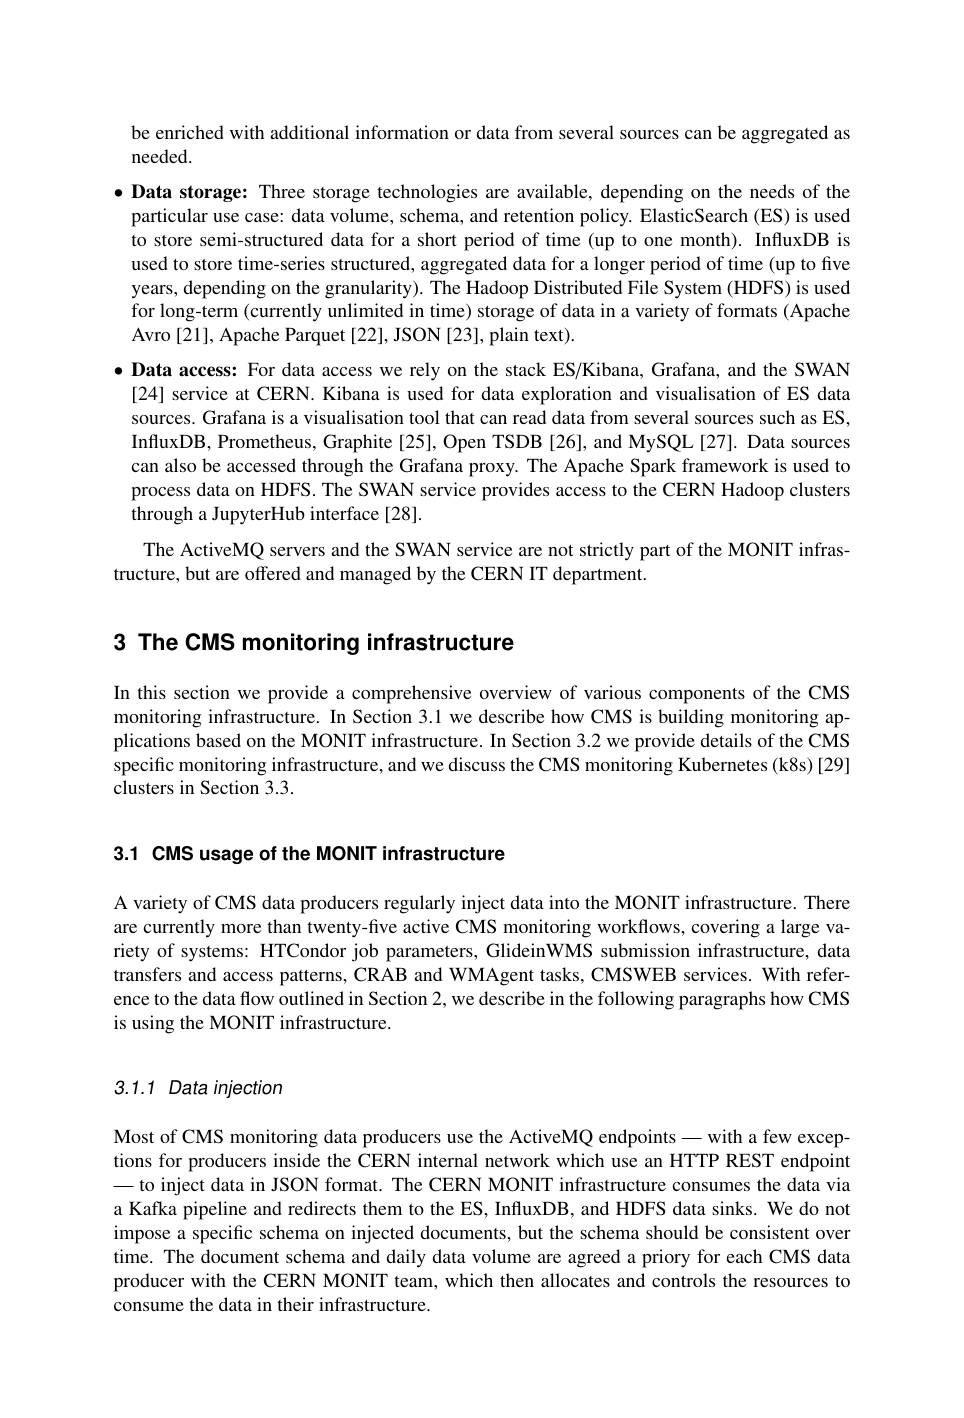
be enriched with additional information or data from several sources can be aggregated as

needed.
$\bullet$ Data storage: Three storage technologies are available, depending on the needs of the particular use case: data volume, schema, and retention policy. ElasticSearch (ES) is used to store semi-structured data for a short period of time (up to one month). InfluxDB is used to store time-series structured, aggregated data for a longer period of time (up to five years, depending on the granularity). The Hadoop Distributed File System (HDFS) is used for long-term (currently unlimited in time) storage of data in a variety of formats (Apache Avro [21], Apache Parquet [22], JSON [23], plain text).
$\bullet$ Data access: For data access we rely on the stack ES/Kibana, Grafana, and the SWAN
[24] service at CERN. Kibana is used for data exploration and visualisation of ES data sources. Grafana is a visualisation tool that can read data from several sources such as ES, InfluxDB, Prometheus, Graphite[25], Open TSDB [26], and MySQL[27]. Data sources can also be accessed through the Grafana proxy. The Apache Spark framework is used to process data on HDFS. The SWAN service provides access to the CERN Hadoop clusters through a JupyterHub interface [28].
The ActiveMQ servers and the SWAN service are not strictly part of the MONIT infras-

tructure, but are offered and managed by the CERN IT department.

# 3 The CMS monitoring infrastructure

In this section we provide a comprehensive overview of various components of the CMS monitoring infrastructure. In Section 3.1 we describe how CMS is building monitoring applications based on the MONIT infrastructure. In Section 3.2 we provide details of the CMS specific monitoring infrastructure, and we discuss the CMS monitoring Kubernetes (k8s) [29] clusters in Section 3.3.

3.1 CMS usage of the MONIT infrastructure

A variety of CMS data producers regularly inject data into the MONIT infrastructure. There are currently more than twenty-five active CMS monitoring workflows, covering a large variety of systems: HTCondor job parameters, GlideinWMS submission infrastructure, data transfers and access patterns, CRAB and WMAgent tasks, CMSWEB services. With reference to the data flow outlined in Section 2, we describe in the following paragraphs how CMS is using the MONIT infrastructure.

## 3.1.1 Data injection

Most of CMS monitoring data producers use the ActiveMQ endpoints—with a few exceptions for producers inside the CERN internal network which use an HTTP REST endpoint - to inject data in JSON format. The CERN MONIT infrastructure consumes the data via a Kafka pipeline and redirects them to the ES, InfluxDB, and HDFS data sinks. We do not impose a specific schema on injected documents, but the schema should be consistent over time. The document schema and daily data volume are agreed a priory for each CMS data producer with the CERN MONIT team, which then allocates and controls the resources to consume the data in their infrastructure.